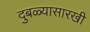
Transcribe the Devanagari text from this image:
दुबळ्यासारखी